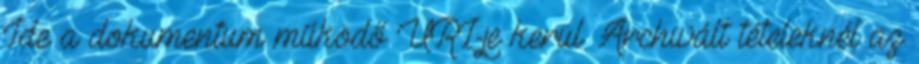
Ide a dokumentum működő URL-je kerül. Archivált tételeknél az